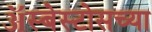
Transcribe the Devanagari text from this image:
ॲस्बेस्टोसच्या